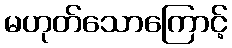
မဟုတ်သောကြောင့်